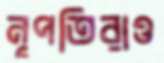
নৃপতিরাও